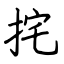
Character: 挓